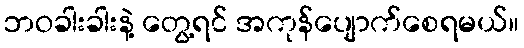
ဘဝခါးခါးနဲ့ တွေ့ရင် အကုန်ပျောက်စေရမယ်။